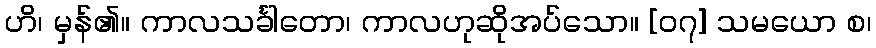
ဟိ၊ မှန်၏။ ကာလသင်္ခါတော၊ ကာလဟုဆိုအပ်သော။ [၀၇] သမယော စ၊